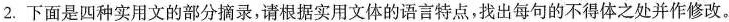
2.下面是四种实用文的部分摘录，请根据实用文体的语言特点，找出每句的不得体之处并作修改。